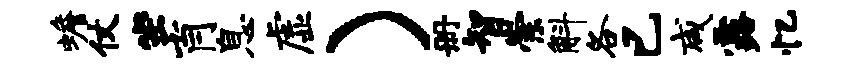
蟾仗坐肖息虚）册智崇斛各已咸露忆